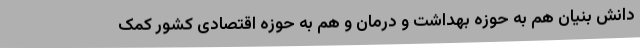
دانش بنیان هم به حوزه بهداشت و درمان و هم به حوزه اقتصادی کشور کمک